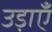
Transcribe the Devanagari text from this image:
उड़ाएँ